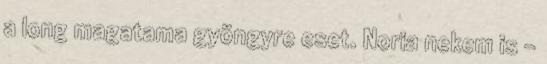
a long magatama gyöngyre eset. Noria nekem is -